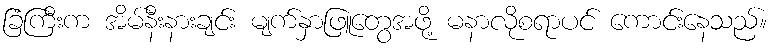
ခြံကြီးက အိမ်နီးနားချင်း မျက်နှာဖြူတွေအဖို့ မနာလိုစရာပင် ကောင်းနေသည်။